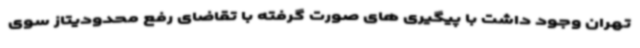
تهران وجود داشت با پیگیری های صورت گرفته با تقاضای رفع محدودیتاز سوی